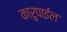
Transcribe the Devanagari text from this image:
कारुपाईल